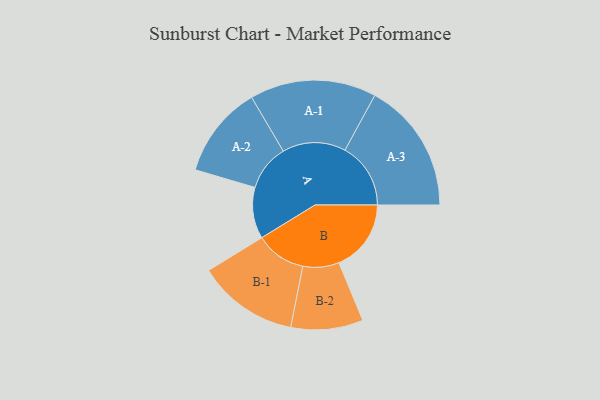
{"axis": {"x": "Segment", "y": "Value"}, "legend": ["", "A", "B"], "data": [{"x": "A", "y": 189, "type": ""}, {"x": "B", "y": 266, "type": ""}, {"x": "A-1", "y": 233, "type": "A"}, {"x": "A-2", "y": 170, "type": "A"}, {"x": "A-3", "y": 242, "type": "A"}, {"x": "B-1", "y": 186, "type": "B"}, {"x": "B-2", "y": 133, "type": "B"}]}